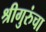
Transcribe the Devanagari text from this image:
श्रीगुरुंचा